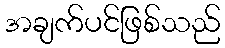
အချက်ပင်ဖြစ်သည်